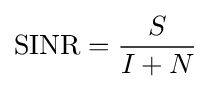
{\text{SINR}}={\frac {S}{I+N}}